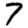
Digit: 7